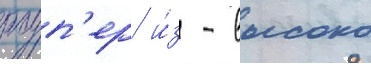
роуп'ер и́з - высоко